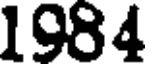
1984